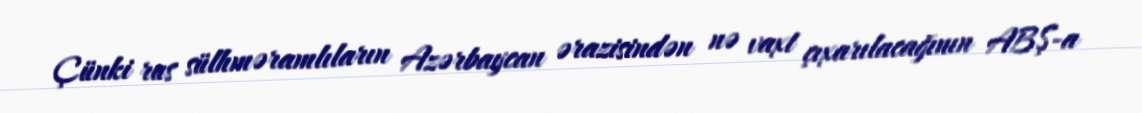
Çünki rus sülhməramlıların Azərbaycan ərazisindən nə vaxt çıxarılacağının ABŞ-a